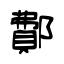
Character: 鄪